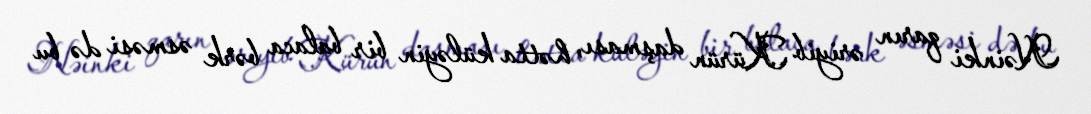
Nəinki qarın əriyib Kürün daşması, hətta küləyin bir balaca bərk əsməsi də bu